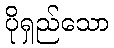
ပိုရှည်သော